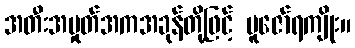
အတီးအမှုတ်အကအခုန်တို့ဖြင့် ပူဇော်ရကျိုး။